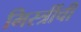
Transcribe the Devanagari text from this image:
मिस्त्रींची